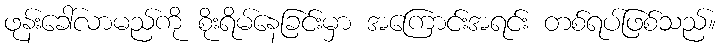
ဖုန်းခေါ်လာမည်ကို စိုးရိမ်နေခြင်းမှာ အကြောင်းအရင်း တစ်ရပ်ဖြစ်သည်။